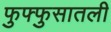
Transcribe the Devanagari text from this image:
फुफ्फुसातली